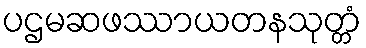
ပဌမဆဖဿာယတနသုတ္တံ